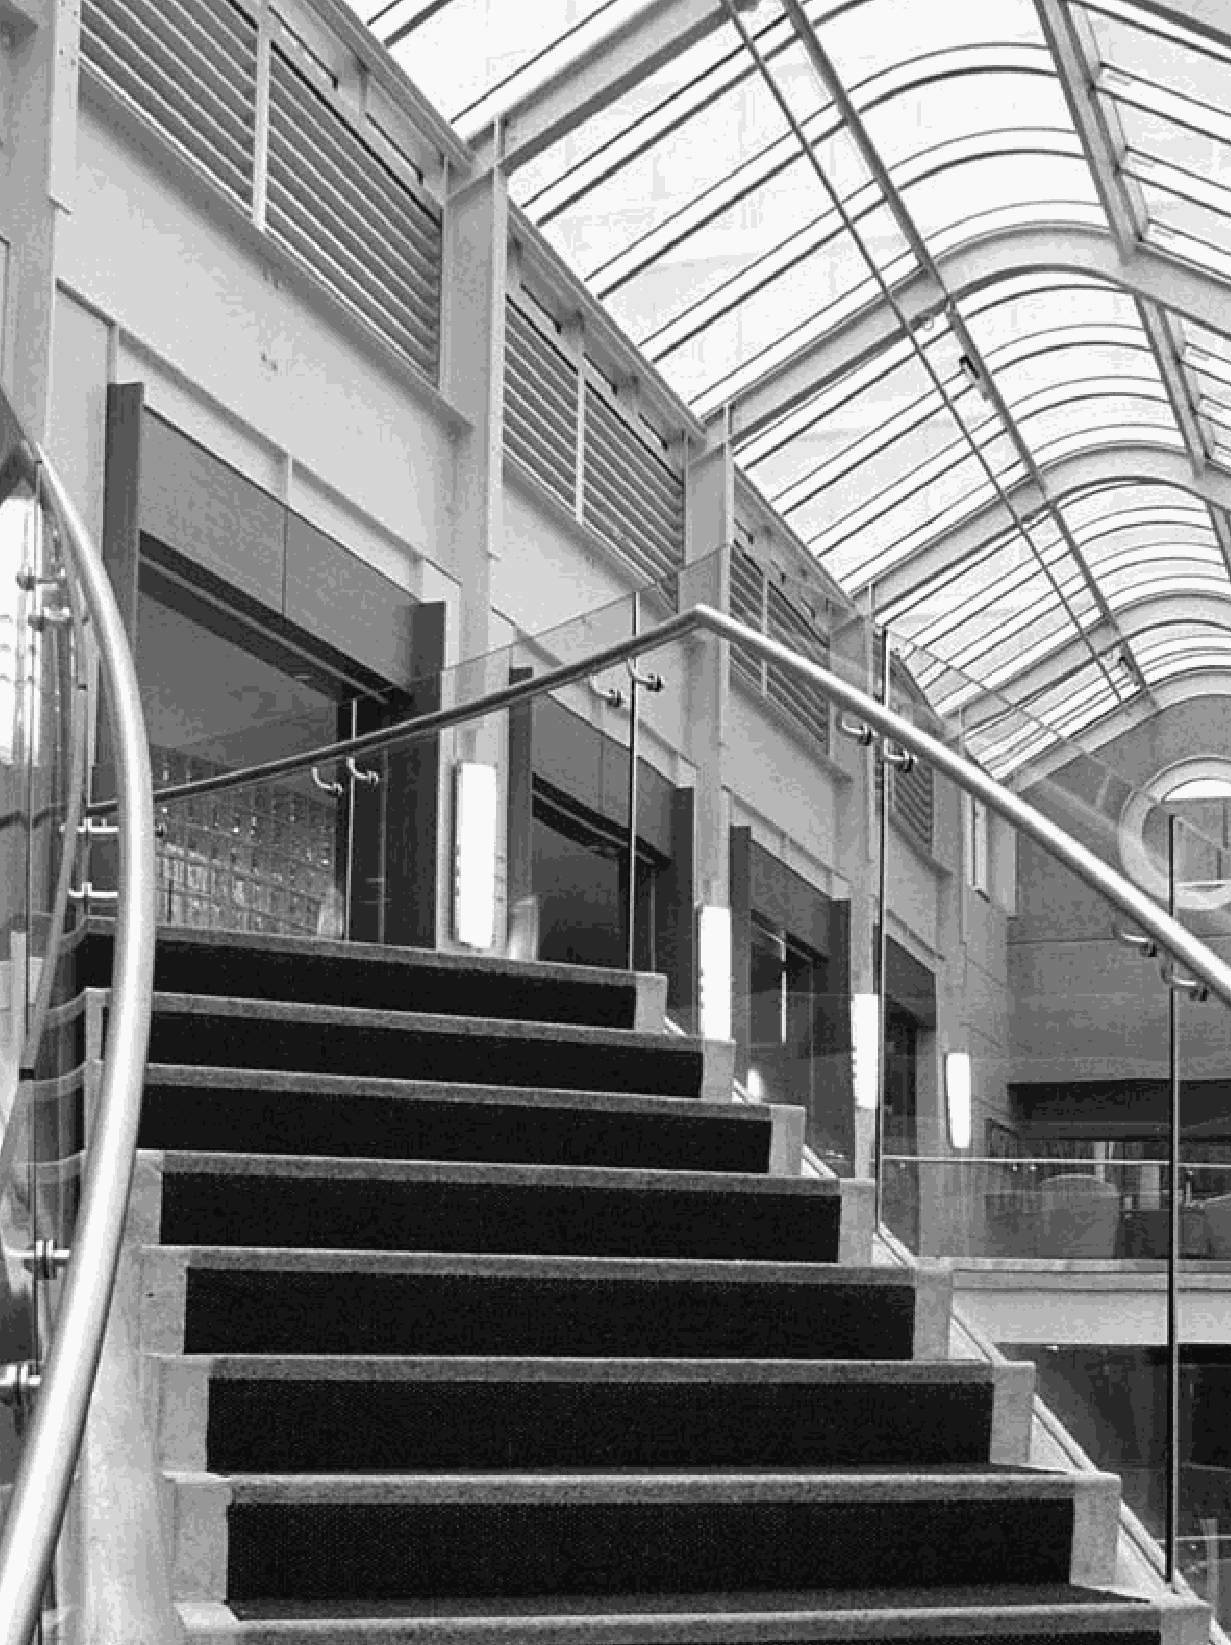
handbook_web         6                              5/30/04, 4:37 PM